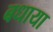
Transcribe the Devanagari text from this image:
बधाया